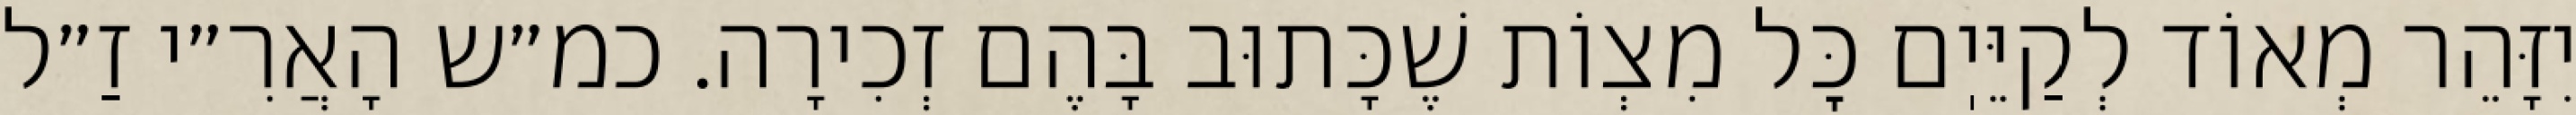
יִזָּהֵר מְאוֹד לְקַיֵּיֽם כׇּל מִצְוֹת שֶׁכָּתוּב בָּהֶם זְכִירָה. כמ״ש הָאֲרִ״י זַ״ל